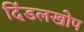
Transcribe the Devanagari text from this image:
दिंडलखोप